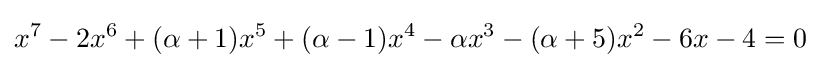
x^{7}-2x^{6}+(\alpha +1)x^{5}+(\alpha -1)x^{4}-\alpha x^{3}-(\alpha +5)x^{2}-6x-4=0